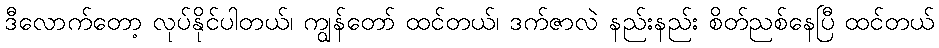
ဒီလောက်တော့ လုပ်နိုင်ပါတယ်၊ ကျွန်တော် ထင်တယ်၊ ဒက်ဇာလဲ နည်းနည်း စိတ်ညစ်နေပြီ ထင်တယ်